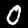
Digit: 0